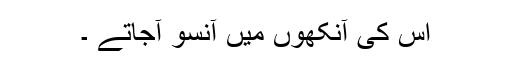
اس کی آنکھوں میں آنسو آجاتے ۔